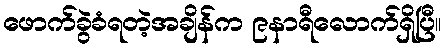
ဖောက်ခွဲခံရတဲ့အချိန်က ၉နာရီလောက်ရှိပြီ။